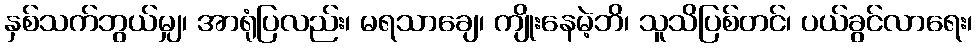
နှစ်သက်ဘွယ်မျှ၊ အာရုံပြလည်း၊ မရသာချေ၊ ကျိုးနေမဲ့ဘိ၊ သူသိပြစ်တင်၊ ပယ်ခွင်လာရေး၊